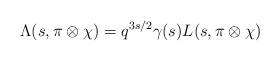
\begin{align*}\Lambda(s,\pi\otimes\chi)=q^{3s/2}\gamma(s)L(s,\pi\otimes\chi)\end{align*}